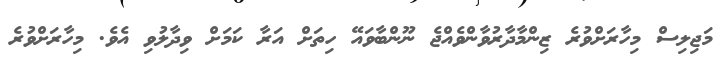
މަޖިލިސް މިހާރަށްވުރެ ޒިންމާދާރުވާންވެއްޖެ ނޫންބާވައޭ ހިތަށް އަރާ ކަމަށް ވިދާލުވި އެވެ. މިހާރަށްވުރެ